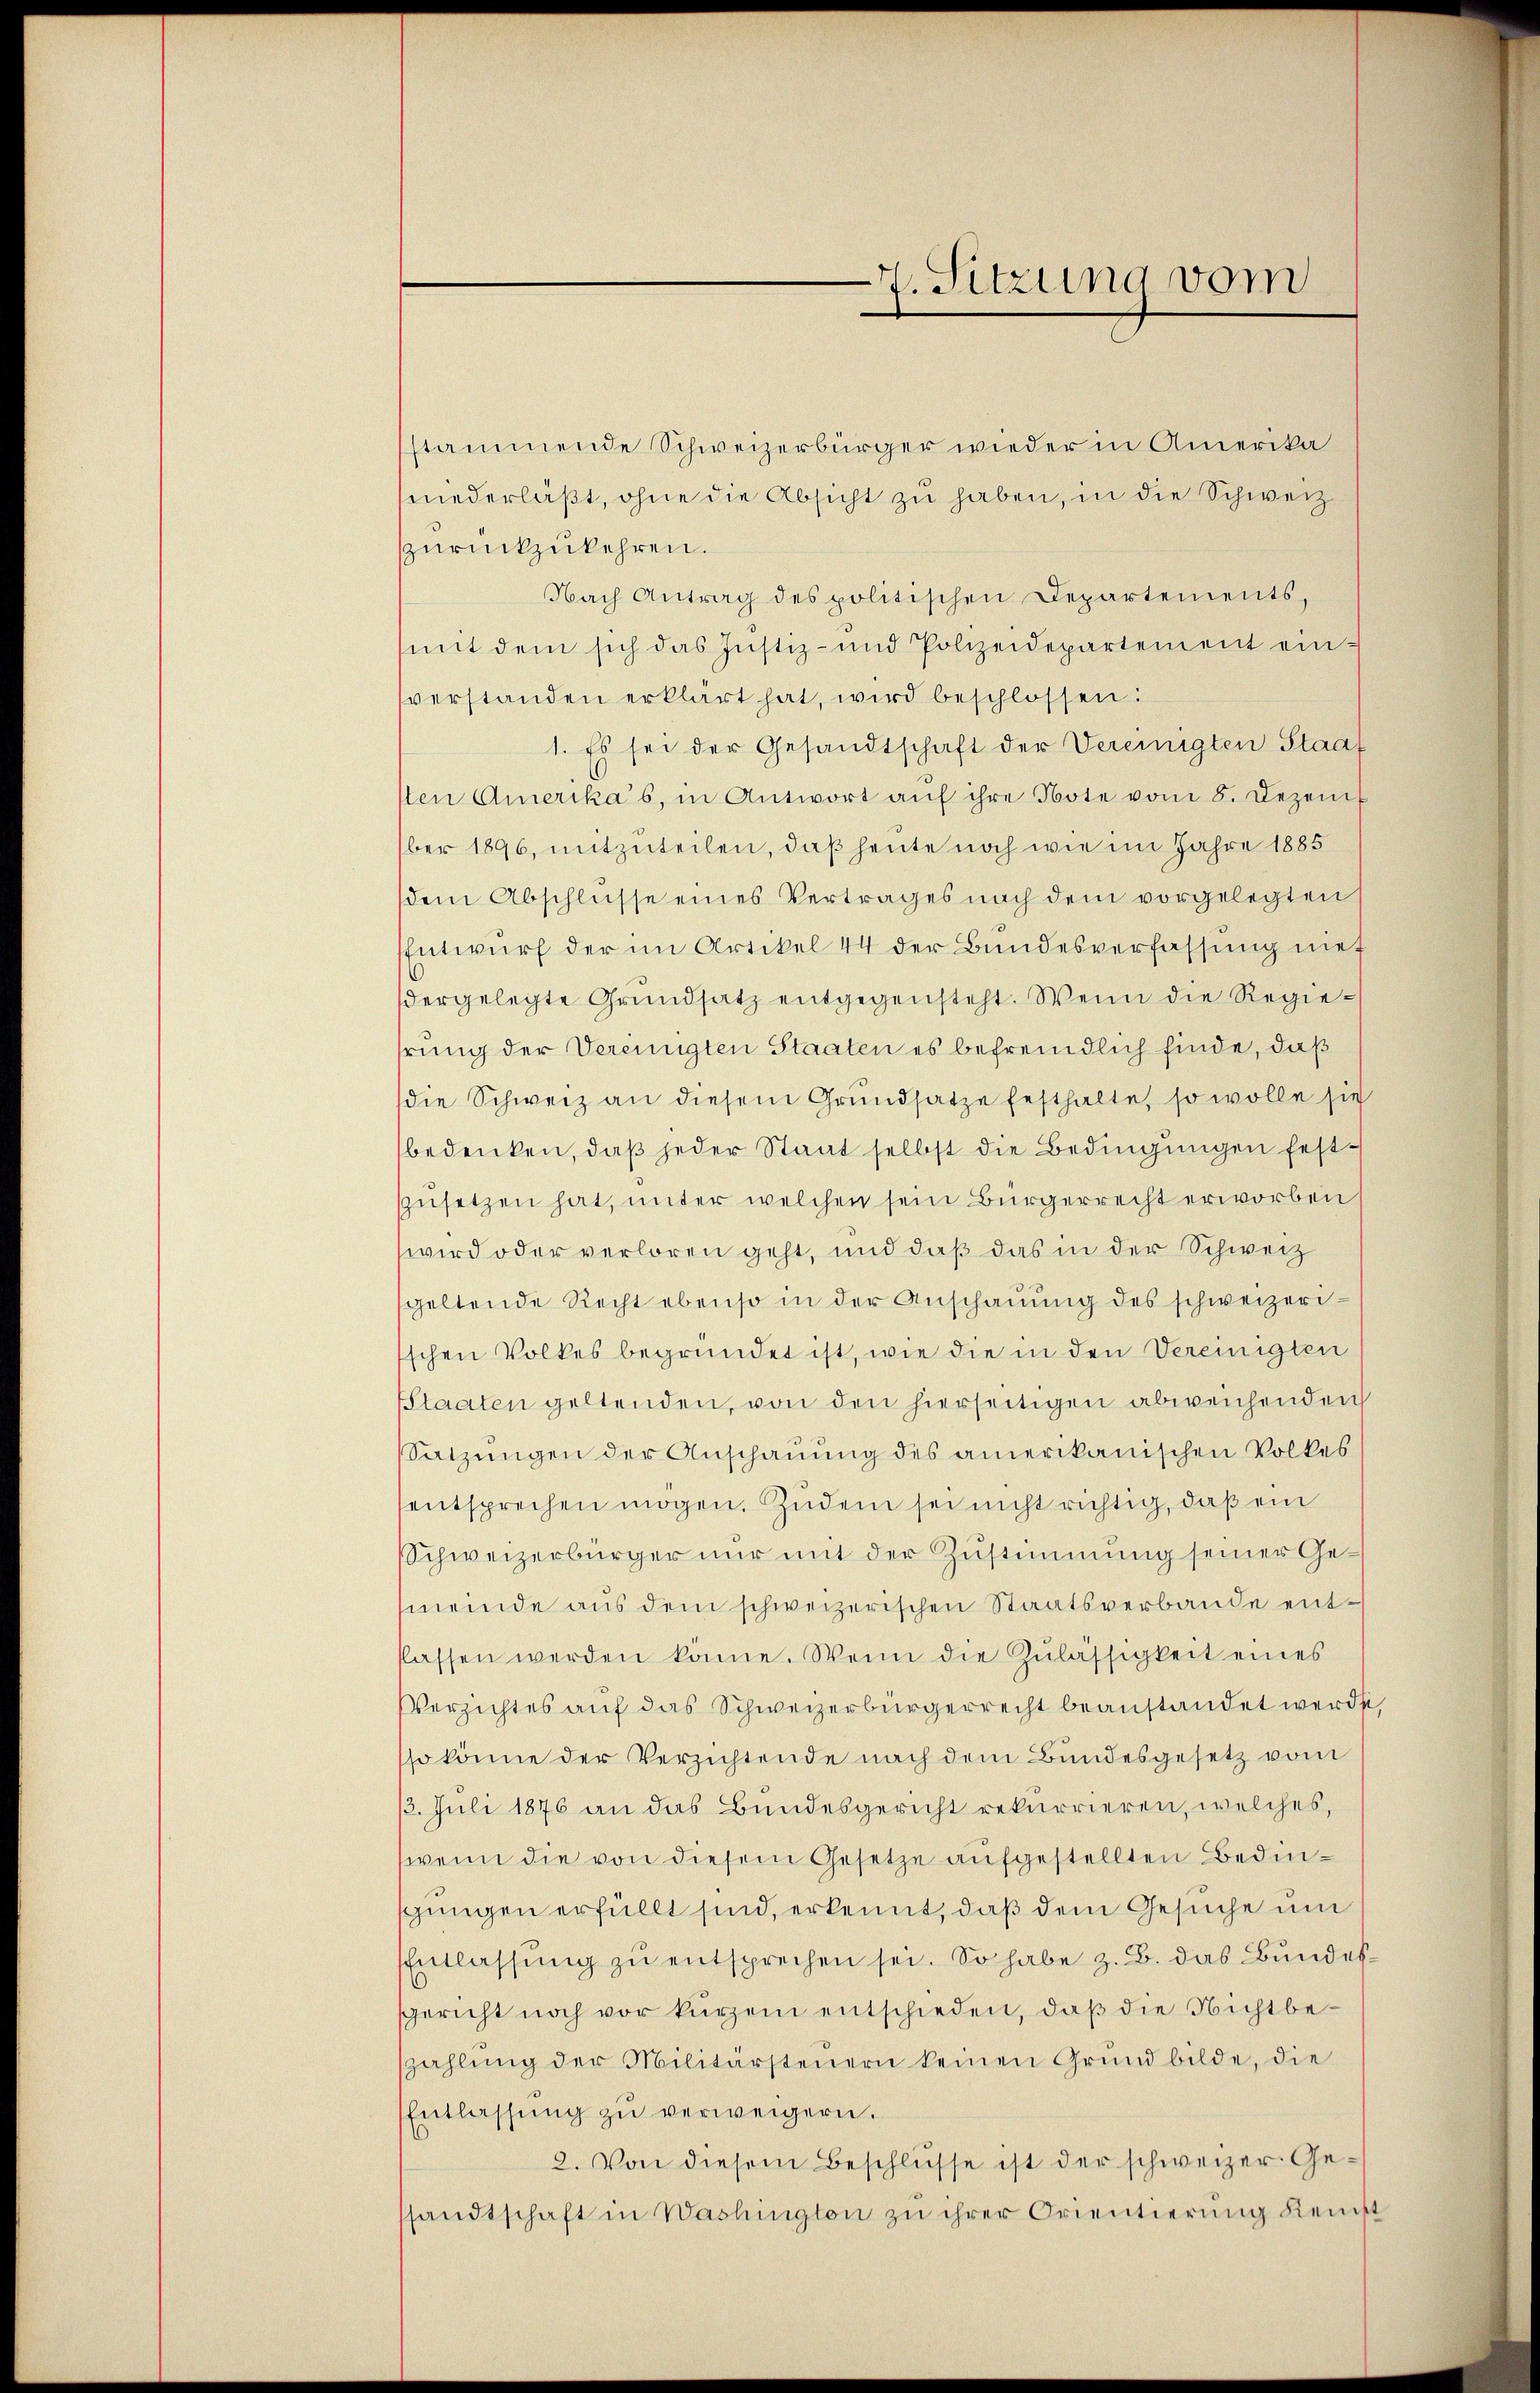
stammende Schweizerbürger wieder in Amerika
niederläβt, ohne die Absicht zu haben, in die Schweiz
zurückzukehren.
Nach Antrag des politischen Departements,
mit dem sich das Justiz- und Polizeidepartement einverstanden erklärt hat, wird beschlossen:
1. Es sei der Gesandtschaft der Vereinigten Staat
1ten Amerikas, in Antwort aŭf ihre Note vom 8. Dezem
ber 1896, mitzuteilen, daß heute noch wie im Jahre 1885
dem Abschlüsse eines Vertrages nach dem vorgelegten
Entwurf der im Artikel 44 der Bundesverfassung nief
dergelegte Grŭndsatz entgegensteht. Wenn die Regiehrung der Vereinigten Staaten es befremdlich finde, daß
die Schweiz an diesem Grŭndsatze festhalte, so wolle sie
bedenken, daβ jeder Staat selbst die Bedingungen festszusetzen hat, unter welchen sein Bürgerrecht erworben
wird oder verloren geht, und daß das in der Schweiz
geltende Recht ebenso in der Anschauung des schweizerischen Volkes begründet ist, wie die in den Vereinigten
sStaaten geltenden, von den hierseitigen abweichenden
Satzungen der Anschauung des amerikanischen Volkes
entsprechen mögen. Zudem sei nicht richtig, daß ein
Schweizerbürger nur mit der Zustimmung seiner Gemeinde aus dem schweizerischen Staatsverbande entklassen werden könne. Wenn die Zulässigkeit eines
Verzichtes auf das Schweizerbürgerrecht beanstandet werde,
sso könne der Verzichtende nach dem Bundesgesetz vom
13. Juli 1876 an das Bundesgericht rekurrieren, welches,
wenn die von diesem Gesetze aufgestellten Bedingungen erfüllt sind, erkennt, daß dem Gesuche um
Entlassŭng zŭ entsprechen sei. So habe z. B. das Bundessgericht noch vor kurzem entschieden, daß die Nichtbeszahlŭng der Militärsteŭern keinen Grŭnd bilde, die
Entlassŭng zŭ verweigern.
2. Von diesem Beschlüsse ist der schweizer Gesandtschaft in Washington zu ihrer Orientierung kennst

7. Sitzung vom